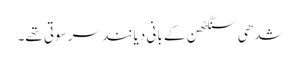
شدھی سنگٹھن کے بانی دیانند سرسوتی تھے۔